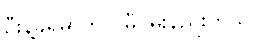
ဦးနဲ့ခွဲရမှာကိုပဲ မီဝမ်းနည်းတယ်။